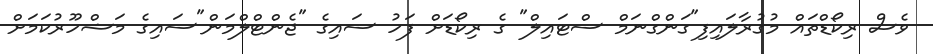
ވެސް ރިކޯޑްތައް މުގުރާލައިފި"ގަންގްނަމް ސްޓައިލް" ގެ ރިކޯޑަށް ފަހު ސައިގެ "ޖެންޓްލްމަން"ސައިގެ މަޝްހޫރުކަމަށް